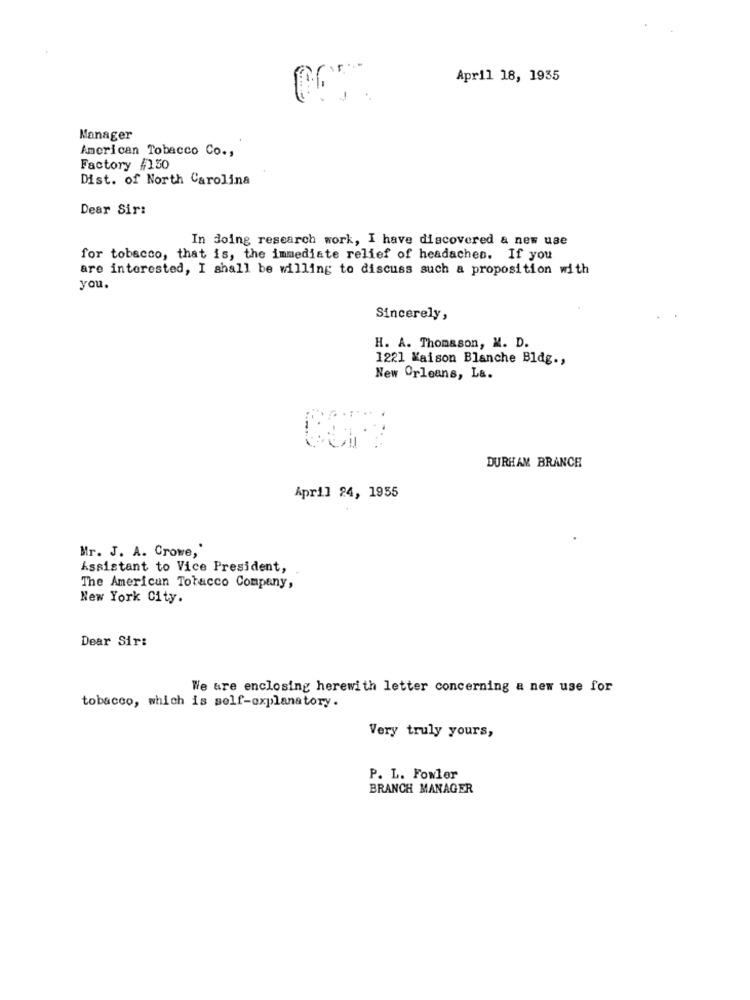
April 18, 1935
Manager
American Tobacco Co .,
Factory #130
Dist. of North Carolina
Dear Sir:
In doing research work, I have discovered & new use
for tobacco, that is, the immediate relief of headaches. If you
are interested, I shall be willing to discuss such a proposition with
you.
Sincerely,
H. A. Thomason, M. D.
1221 Maison Blanche Bldg .,
New Orleans, La.
DURHAM BRANCH
April 24, 1955
Mr. J. A. Crowe,'
Assistant to Vice President,
The American Tobacco Company,
New York City.
Dear Sir:
We are enclosing herewith letter concerning a new use for
tobacco, which is self-explanatory.
Very truly yours,
P. L. Fowler
BRANCH MANAGER